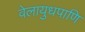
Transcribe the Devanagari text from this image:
वेलायुधपाणि